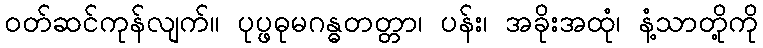
ဝတ်ဆင်ကုန်လျက်။ ပုပ္ဖဓုမဂန္ဓတတ္တာ၊ ပန်း၊ အခိုးအထုံ၊ နံ့သာတို့ကို